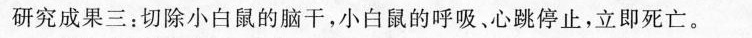
研究成果三：切除小白鼠的脑干，小白鼠的呼吸、心跳停止，立即死亡。